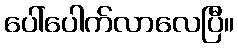
ပေါ်ပေါက်လာလေပြီ။